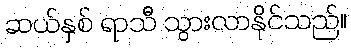
ဆယ်နှစ် ရာသီ သွားလာနိုင်သည်။